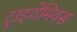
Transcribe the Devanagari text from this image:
ट्राइथेमियस